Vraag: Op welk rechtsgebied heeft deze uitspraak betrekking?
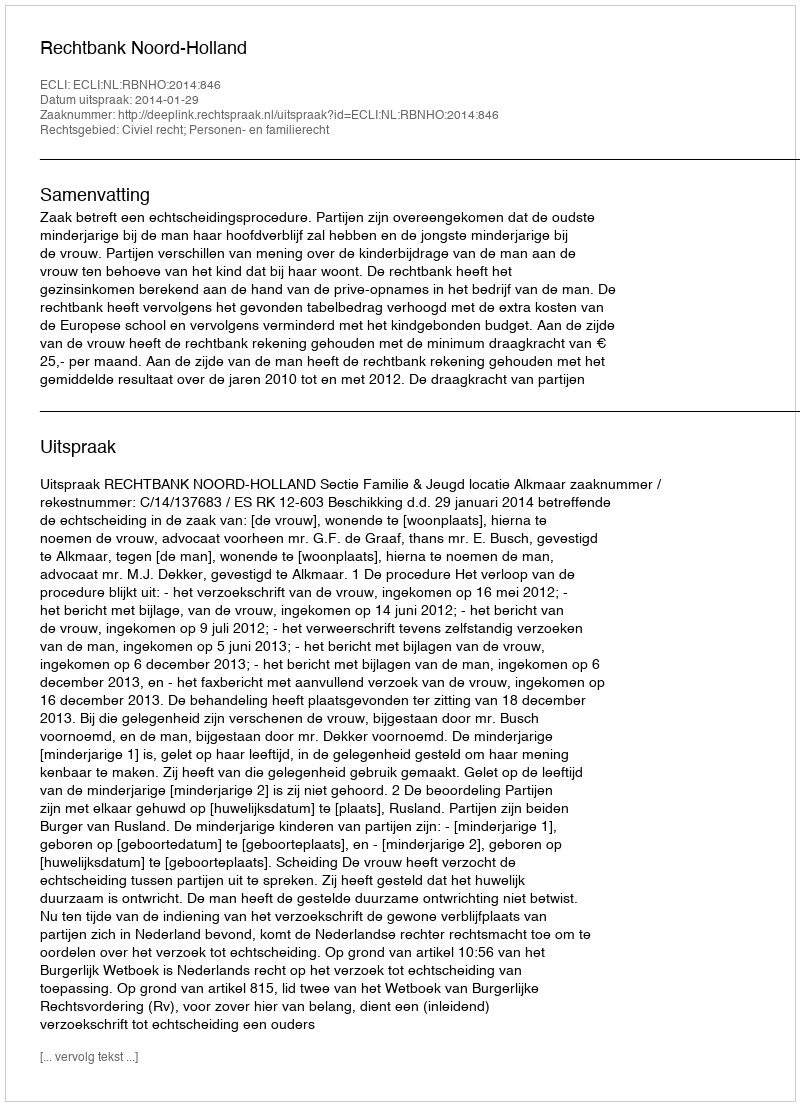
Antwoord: Civiel recht; Personen- en familierecht